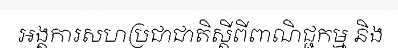
អង្គការសហប្រជាជាតិស្តីពីពាណិជ្ជកម្ម និង